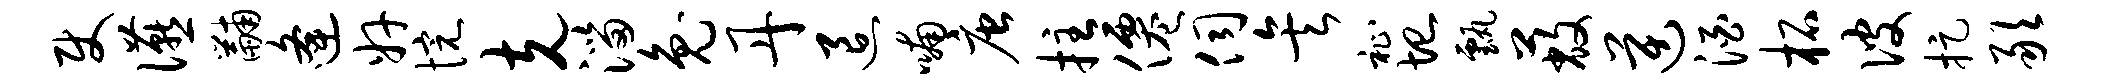
使宴黼逄奸惋克淄兔丹退喃唐拄仙伺矣祉圮甄蔽逆酒柘彼捉敢